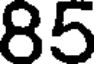
85